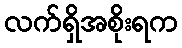
လက်ရှိအစိုးရက